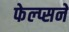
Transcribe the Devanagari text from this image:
फेल्प्सने